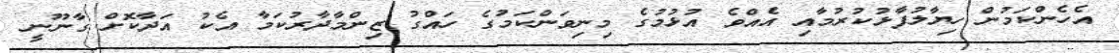
އެހެންކަމުން ހިޔާލުފާޅުކުރުމާއި އެއްވެ އުޅުމުގެ މިނިވަންކަމުގެ ހައްގު ޒިންމާދާރުކަމާ އެކު އަދާކޮށް ގާނޫނީ